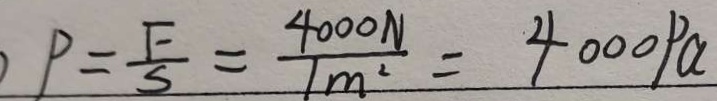
P = \frac { F } { S } = \frac { 4 0 0 0 N } { 1 m ^ { 2 } } = 4 0 0 0 P a